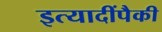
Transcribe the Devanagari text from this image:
इत्यादींपैकी